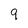
Character: 9